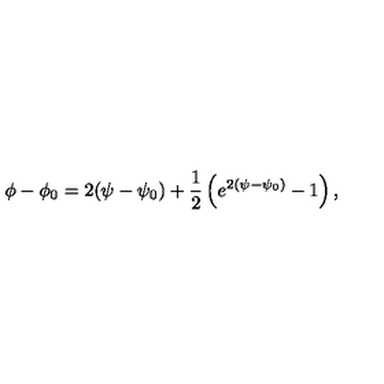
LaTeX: \phi - \phi _ { 0 } = 2 ( \psi - \psi _ { 0 } ) + \frac { 1 } { 2 } \left( e ^ { 2 ( \psi - \psi _ { 0 } ) } - 1 \right) ,